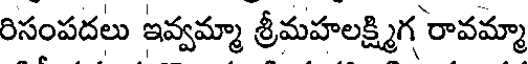
రిసంపదలు ఇవ్వమ్మా శ్రీమహలక్ష్మిగ రావమ్మా